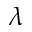
\lambda